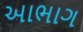
આભાગ